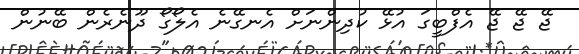
ޖޭ ޖޭ ޖޭ އެފްބީގަ އުޅޭ ކުދިންނަށް އެނގޭނެ އެލޯގޯ ދޫނެރެން ބޭނުން